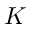
K